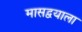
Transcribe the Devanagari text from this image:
मासद्वयाला